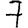
Digit: 7